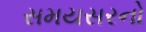
સમયસરનો